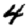
Digit: 4